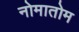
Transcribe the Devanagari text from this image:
नोमातोम